King Institute of Preventive Medicine Bacteriolog. Section reports 1907-08
Year: 1907
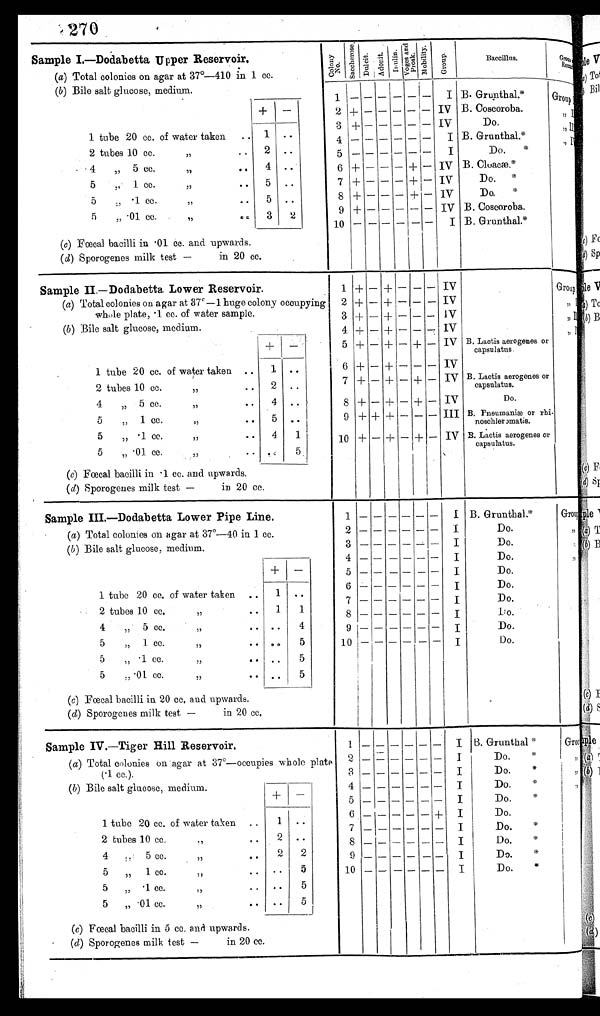
270
Sample I.—Dodabetta Upper Reservoir.
C o l o n y N o .
Saccher os Dul ci t Ad o n i t I nul i n
V o g e s a n d P r o s k Mo b i l i t y
G r o u p
Baceillus.
G r o u p
(a) Total colonies on agar at 37º—410 in 1 cc.
(b) Bile salt glucose, medium 1
– – – – – –
I B. Grunthal.*
Group I
+
–
2 + – – – – – IV B. Coscoroba.
, , I I
1 tube 20 cc. of water taken
..
3 + – – – – – IV
Do.
, , I I I
1
. . .
4 – – – – – –
I B. Grunthal.*
2 tubes 10 cc..
2 ..
5
– – – – – –
I
Do. *
45 cc.
. . . 4 ..
6 + – – – + – IV B. Cloacæ.*
5
,, 1 cc.
..
5 ..
7 + – – – + – IV
5
1 cc.
,, ....
5
..
8 +
– – – +
–
IV
Do, *
5
,, .01 cc.
,,
. . . 3
2
9 + - – - – – IV B. Coscoroba.
10
– – – – –
I
B. Grunthal.*
(c) Fœcal bacilli in .01 cc. and upwards.
( d ) Sporogenes milk test — in 20 cc.
Sample II.—Dodabetta Lower Reservoir.
1 + – +
– – – IV
Group
( a) Total colonies on agar at 37º–1 huge colony occupying
2
+ – – – – – IV
whole plate, .1 cc. of water sample.
3 +
– +
– – –
I V
(b ) Bile salt glucose, medium.
4 +
– +
– – – IV
+
–
5 +
– +
– +
–
I V B. Lactis aerogenes or
capsulatus.
1 tube 20 cc. of water taken
..
1
..
6 +
– – – – – IV
2 tubes 10 cc.
..
2
..
7 +
– +
– + – IV B. Lactis aerogenes or
capsulatus.
4
,,
5 cc.
,,
..
4
..
8 +
– +
– +
–
I V
Do.
5,,1 cc.
,,
..
5
..
9
+ + +
– – – III B. Pneumaniæor rhi
nosehler omatis.
5
„ • 1 cc.
,, ••
4
1
10
+ – + – + – IV B. Lactis aerogenes or
capsulatus.
5
„ .01 cc.
..
. .
I
(c) Fœcal bacilli in .1 cc. and upwards.
( d) Sporogenes milk test—
in 20 cc.
Sample III.—Dodabetta Lower Pipe Line.
1
– – – – – –
I B. Grunthal.*
Group
(a) Total colonies on agar at 37º—40 in 1 cc.
2
– – – – – –
I
Do.
( b ) Bile salt glucose, medium.
3
– –
– – – – I
Do.
4
– – – – – –
I
Do.
+
–
5
– – – – – – I
Do.
1 tube 20 cc. of water taken ..
1
. .
6 – – – – – – I
Do.
7 – – – – – –
I
Do.
2 tubes 10 cc. ,,.. 1
1
8 – – – – – – I
Do.
4
„ 5 cc.
„
.. ..
4
9 – – – – – – I
Do.
5
„ 1 cc.
,,
. . . .
5
10
– – – – – – I
Do.
5
.1 cc.
,,
.. ..
5
5
„ .01 cc.
,, ..
5
. .
( c) Fœcal bacilli in 20 cc, and upwards.
( d) Sporogenes milk test—in 20 cc.
Sample IV.—Tiger Hill Reservoir,
1 – – – – – – I B. Grunthal *
Group
( a) Total colonies on agar at 37º—occupies whole plate
(.1 cc.).
2 – – – – – – I
Do.
3 – – – – – – I
Do. *
(b) Bile salt glucose, medium
+
–
4 – – – – – – I
Do.
5 – – – – – – I
Do.
1 tube 20 cc. of water taken . .
1 ..
6 – – – – – +
I
Do.
7 – – – – – – I
Do. *
2 tubes 10 cc.
,,
..
2
. .
8
– – – – – – I
Do. *
4
,, 5 cc.
,, ..
2
2
9
– – – – – – I
Do. *
5
1 cc.
••
. . .
5
10
– – – – – – I
Do.*
5 .1 cc...
..
5
5
„ .01 cc.
..
. . 5
(c) Fœcal bacilli in 5 cc. and upwards.
(d) Sporogenes milk test—in 20 cc.